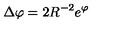
\Delta \varphi = 2 R ^ { - 2 } e ^ { \varphi }